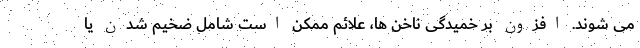
می شوند. افزون بر خمیدگی ناخن ها، علائم ممکن است شامل ضخیم شدن یا